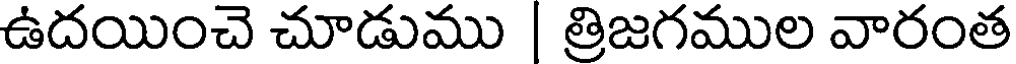
ఉదయించె చూడుము | త్రిజగముల వారంత